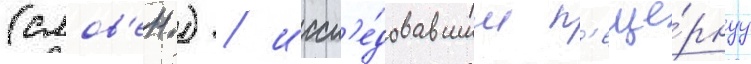
(слов'ен.) / иссл'е́довавшим п'еще́рнуу